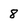
Character: 8